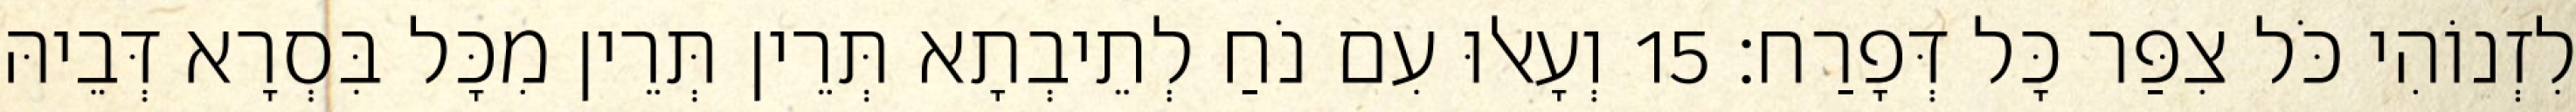
לִזְנוֹהִי כֹּל צִפַּר כָּל דְּפָרַח׃ 15 וְעָאלוּ עִם נֹחַ לְתֵיבְתָא תְּרֵין תְּרֵין מִכָּל בִּסְרָא דְּבֵיהּ